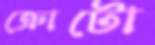
ক্রোটো